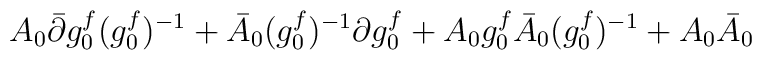
A_{0}\bar{\partial}g_{0}^{f}({g_{0}^{f}})^{-1}+\bar{A}_{0}({g_{0}^{f}})^{-1}\partial g_{0}^{f}+A_{0}g_{0}^{f}\bar{A}_{0}({g_{0}^{f}})^{-1}+A_{0}\bar{A}_{0}